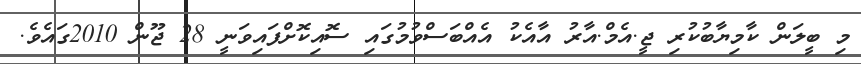
މި ބީލަން ކާމިޔާބުކުރި ޖީ.އެމް.އާރު އާއެކު އެއްބަސްވުމުގައި ސޮއިކޮށްފައިވަނީ 28 ޖޫން 2010ގައެވެ.